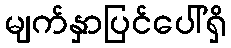
မျက်နှာပြင်ပေါ်ရှိ